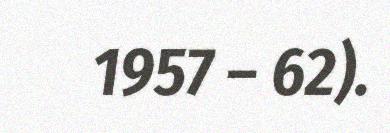
1957 – 62).